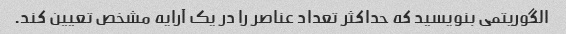
الگوریتمی بنویسید که حداکثر تعداد عناصر را در یک آرایه مشخص تعیین کند.